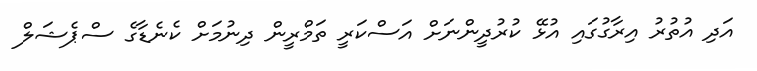
އަދި އުތުރު އިރާގުގައި އުޅޭ ކުރުދީންނަށް އަސްކަރީ ތަމްރީން ދިނުމަށް ކެނެޑާގެ ސްޕެޝަލް